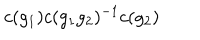
c ( g _ { 1 } ) c ( g _ { 1 } g _ { 2 } ) ^ { - 1 } c ( g _ { 2 } )